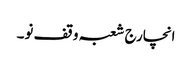
انچارج شعبہ وقف نو۔